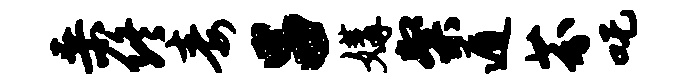
桑终毒吕媾粲遁芬吒